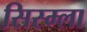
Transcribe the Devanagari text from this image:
सिस्म्ला